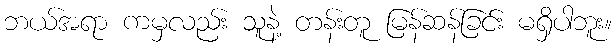
ဘယ်အရာ ကမှလည်း သူနဲ့ တန်းတူ မြန်ဆန်ခြင်း မရှိပါဘူး။